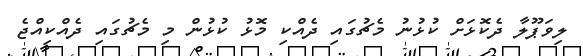
ލިވަޕޫލާ ދެކޮޅަށް ކުޅުނު މެޗުގައި ދެއްކި މޮޅު ކުޅުން މި މެޗުގައި ދެއްކިއްޖެ